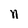
Character: n